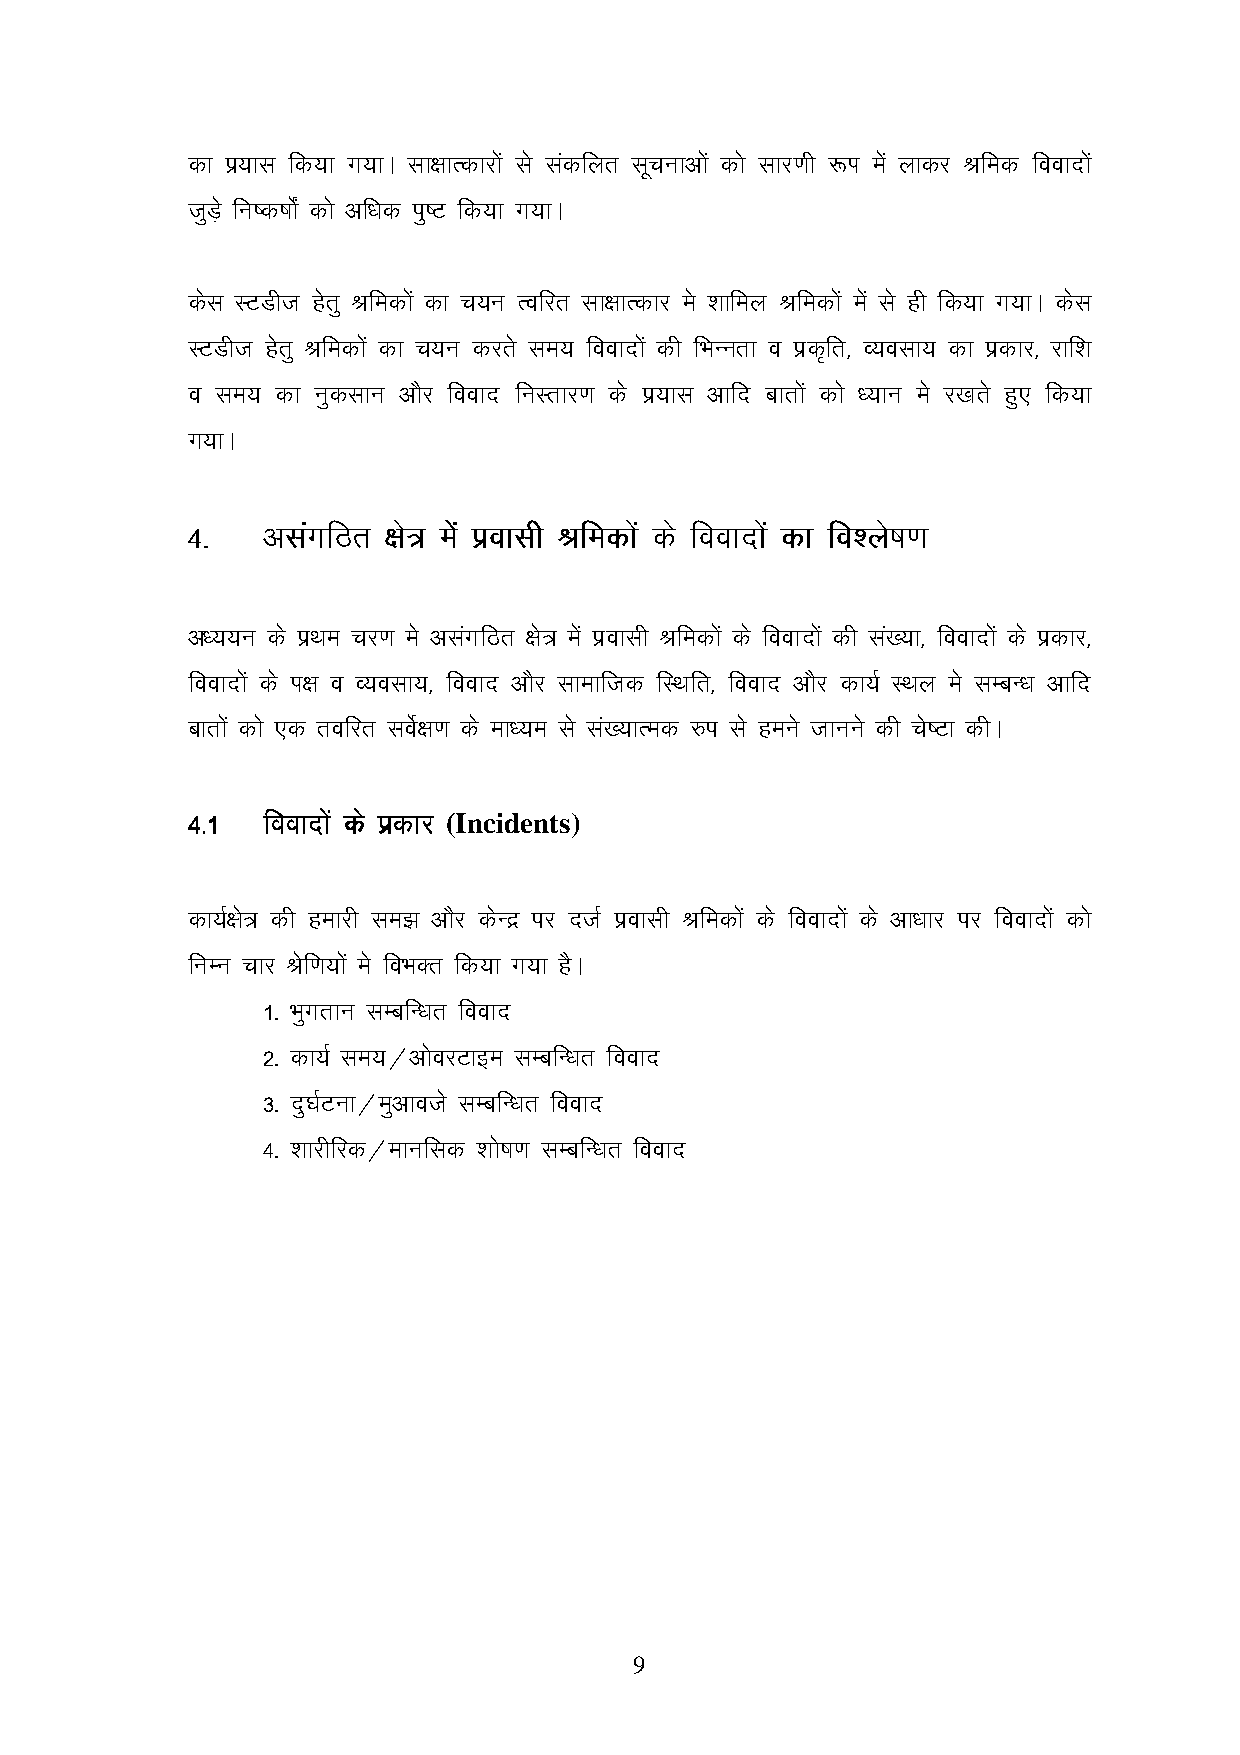
dk iz;kl fd;k x;kA lk{kkRdkjksa ls ladfyr lwpukvksa dks lkj.kh :Ik esa ykdj Jfed fooknksa
 tqMs+ fu"d"kksaZ dks vf/kd iq"V fd;k x;kA
 dsl LVMht gsrq Jfedksa dk p;u Rofjr lk{kkRdkj es 'kkfey Jfedksa esa ls gh fd;k x;kA dsl
 LVMht gsrq Jfedksa dk p;u djrs le; fooknksa dh fHkUurk o izd`fr] O;olk; dk izdkj] jkf’k
 o le; dk uqdlku vkSj fookn fuLrkj.k ds iz;kl vkfn ckrksa dks /;ku es j[krs gq, fd;k
 x;kA
 4444---- vvvvllllaaxxaaxxffffBBBBrrrr {{{{kkkks=s=s=s= eeeesasa sasa iiiizzoozzookkkkllllhhhh JJJJffffeeeeddddkkkksasa sasa ddddss ss ffffooooooookkkknnnnkkkksasa sasa ddddkkkk ffffoooo’’’’yyyyssss""ssss""kkkk....kkkk
 v/;;u ds izFke pj.k es vlaxfBr {ks= esa izoklh Jfedksa ds fooknksa dh la[;k] fooknksa ds izdkj]
 fooknksa ds Ik{k o O;olk;] fookn vkSj lkekftd fLFkfr] fookn vkSj dk;Z LFky es lEcU/k vkfn
 ckrksa dks ,d rofjr losZ{k.k ds ek/;e ls la[;kRed #i ls geus tkuus dh ps"Vk dhA
 4444----1111 ffffooooooookkkknnnnkkkksasa sasa ddddss ss iiiizzddzzddkkkkjjjj (Incidents)
 dk;Z{ks= dh gekjh le> vkSj dsUnz ij ntZ izoklh Jfedksa ds fooknksa ds vk/kkj ij fooknksa dks
 fuEu pkj Jsf.k;ksa es foHkDr fd;k x;k gSA
 1- Hkqxrku lEcfU/kr fookn
 2- dk;Z le;@vksojVkbe lEcfU/kr fookn
 3- nq?kZVuk@eqvkots lEcfU/kr fookn
 4- 'kkjhfjd@ekufld 'kks"k.k lEcfU/kr fookn
 9